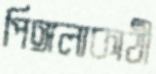
পিঙ্গলাকাঠী